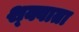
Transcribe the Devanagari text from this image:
श्क्वाता